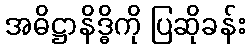
အဓိဋ္ဌာနိဒ္ဓိကို ပြဆိုခန်း